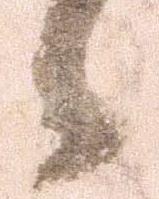
候